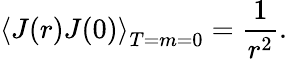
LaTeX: \left\langle J(r)J(0)\right\rangle_{T=m=0}=\frac{1}{r^{2}}.